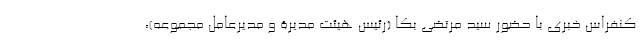
کنفراس خبری با حضور سید مرتضی بکا (رئیس هیئت مدیرۀ و مدیرعامل مجموعه)،